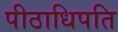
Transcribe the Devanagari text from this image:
पीठाधिपति